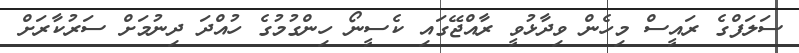
ސަލަފްގެ ރައީސް މިހެން ވިދާޅުވީ ރާއްޖޭގައި ކެސީނޯ ހިންގުމުގެ ހުއްދަ ދިނުމަށް ސަރުކާރަށް